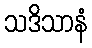
သဒိသာနံ